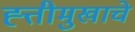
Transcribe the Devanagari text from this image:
ह्त्तीमुखाचे